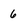
Character: 6